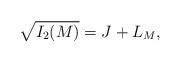
LaTeX: \begin{align*} \sqrt{I_2(M)} = J + L_M,\end{align*}